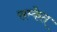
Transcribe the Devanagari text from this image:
सम्केत